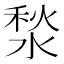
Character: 湬